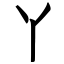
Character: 丫